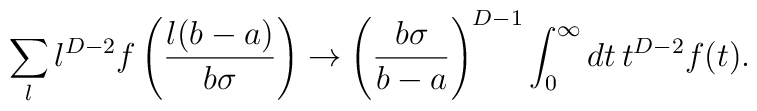
\sum_{l}l^{D-2}f\left( \frac{l(b-a)}{b\sigma }\right) \to  \left( \frac{b\sigma }{b-a}\right) ^{D-1}\int_{0}^{\infty }  dt\, t^{D-2}f(t).